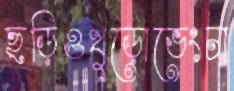
ছড়িওখুড়োভেংচা